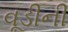
વૂડીની